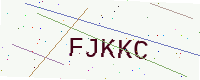
Text: FJKKC